Annual report of the Punjab Veterinary College and of the Civil Veterinary Department, Punjab - 1920-1925
Year: 1920
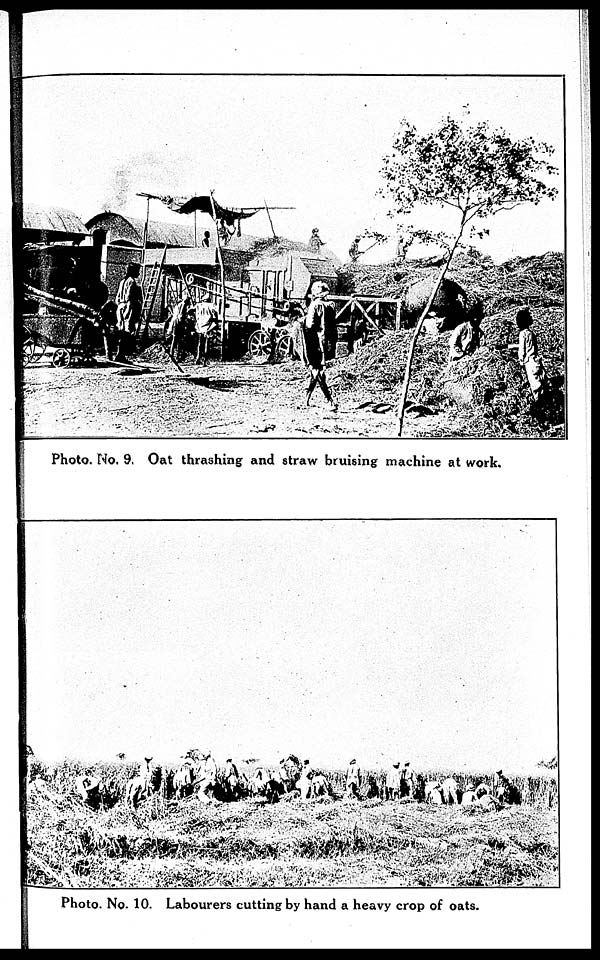
Photo. No. 9. Oat thrashing and straw bruising machine at work.
Photo. No. 10. Labourers cutting by hand a heavy crop of oats.